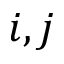
i , j